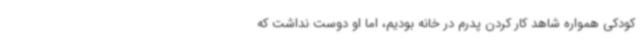
کودکی همواره شاهد کار کردن پدرم در خانه بودیم، اما او دوست نداشت که